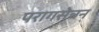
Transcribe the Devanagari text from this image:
परागसेचन